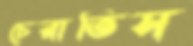
চেরাতিস